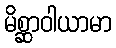
မိစ္ဆာဝါယာမာ